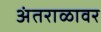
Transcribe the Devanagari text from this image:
अंतराळावर